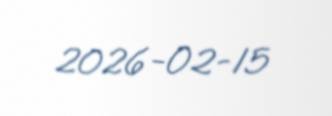
2026-02-15